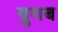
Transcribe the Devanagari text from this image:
युगब